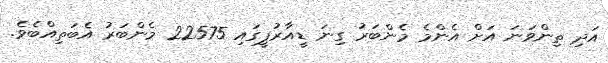
އަދި ތިންވަނަ އަށް އެންމެ މެންބަރު ގިނަ ޑީއާރުޕީގައި 22575 މެންބަރު އެބަތިއްބެވެ.